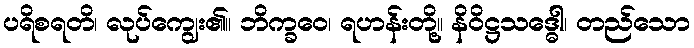
ပရိစရတိ၊ လုပ်ကျွေး၏။ ဘိက္ခဝေ၊ ရဟန်းတို့။ နိဝိဋ္ဌသဒ္ဓေါ၊ တည်သော